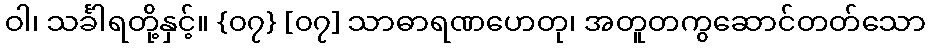
ဝါ၊ သင်္ခါရတို့နှင့်။ {၀၇} [၀၇] သာဓာရဏဟေတု၊ အတူတကွဆောင်တတ်သော